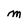
Character: M